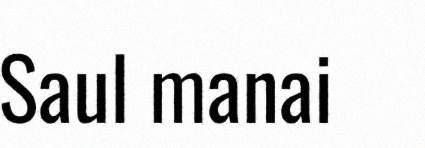
Saul manai